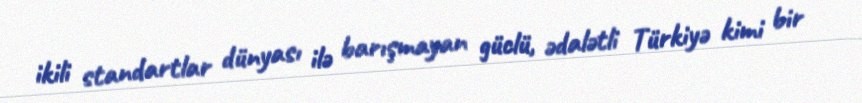
ikili standartlar dünyası ilə barışmayan güclü, ədalətli Türkiyə kimi bir